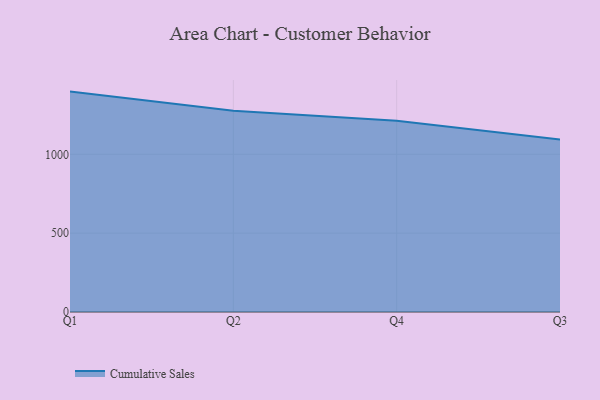
{"axis": {"x": "Quarter", "y": "Budget (USD K)"}, "legend": ["Cumulative Sales"], "data": [{"x": "Q1", "y": 1397.8, "type": "Cumulative Sales"}, {"x": "Q2", "y": 1276.8, "type": "Cumulative Sales"}, {"x": "Q4", "y": 1213.4, "type": "Cumulative Sales"}, {"x": "Q3", "y": 1093.2, "type": "Cumulative Sales"}]}